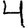
Digit: 4